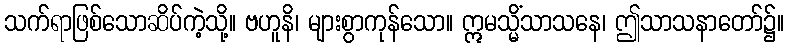
သက်ရာဖြစ်သောဆိပ်ကဲ့သို့။ ဗဟူနိ၊ များစွာကုန်သော။ ဣမသ္မိံသာသနေ၊ ဤသာသနာတော်၌။